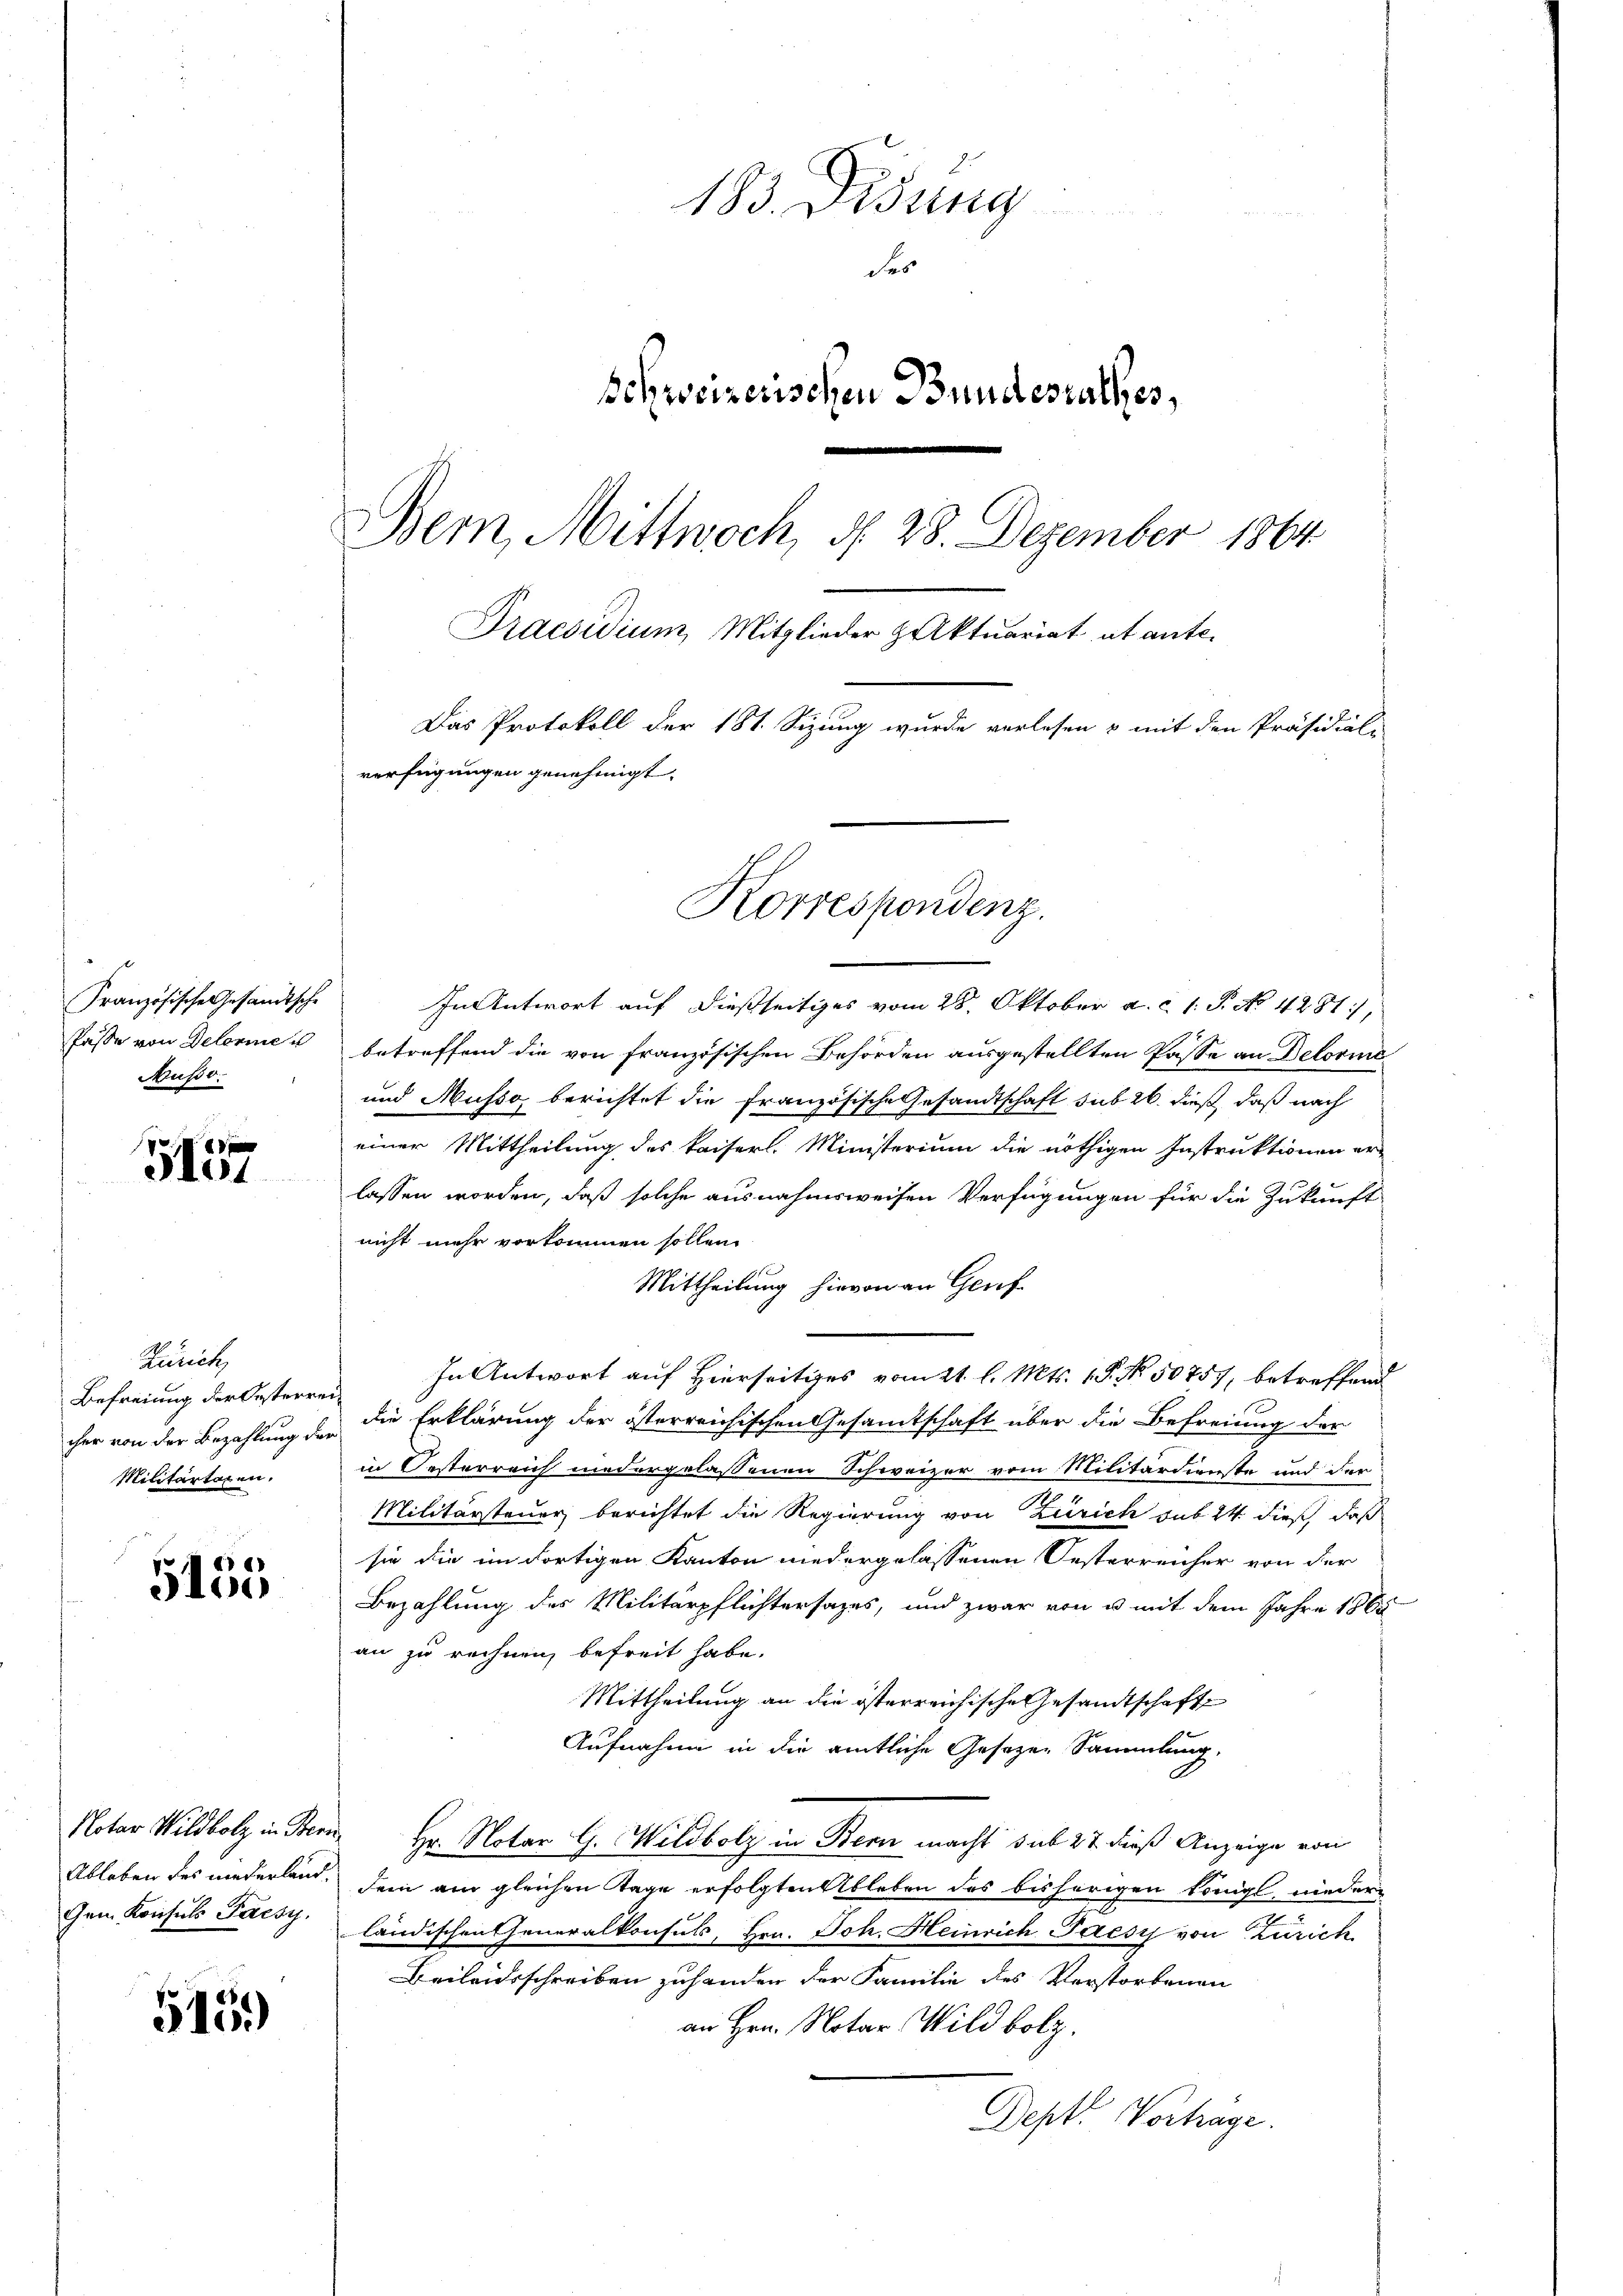
Französische Gesandtsche
Pässe von Delerier
Musso.

i
Hot

Zürich,
Befreiung der Oesterre
cher von der Bezahlung des
Militartagen.

5155

Notar Wildbolz in Ber
Ableben des niederland.
Gem. Konsuls Paesy.

515.)

183. Didung
Fr
schweizerischen Bundesrathes,
Bern, Mittwoch, d. 28. Dezember 1864
Praesidium, Mitglieder Aktuariat et ante.
Das Protokoll der 181. Sizung wurde verlesen & mit den Präsidial-
verfügungen genehmigt.

Korrespondenz.

In Antwort auf dießseitiges vom 28. Oktober a. c. 1. P. No. 4281,
betreffend die von französischen Behörden ausgestellten Pässe an Delorine
und Musso berichtet die französische Gesandtschaft sub 26. dieß, daß nach
einer Mittheilung des kaiserl. Ministerium die nöthigen Instruktionen er-
lassen worden, daß solche ausnahmsweisen Verfügungen für die Zukunft
nicht mehr vorkommen sollen.
Mittheilung hievon an Genf
In Antwort auf Hierseitiges vom 21. l. Mts. 1 S. No. 50757, betreffend
die Erklärung der österreichischen Gesamtschaft über die Befreiung der
in Oesterreich niedergelassenen Schweizer vom Militärdienste und der
Militärsteuer berichtet die Regierung von Zürich sub 24 dieß, daß
sie die im dortigen Kanton niedergelassenen Oesterreicher von der
Bezahlung des Militärpflichtersages, und zwar von u mit dem Jahre 1865
an zu rechnen, befreit habe.
Mittheilung an die österreichische Gesandtschaft
Aufnahme in die amtliche Gesezen Sammlung,
Hr. Notar G. Wildbolz in Bern macht sub 27 dieß Anzeige von
dem am gleichen Tage erfolgten Ableben des bisherigen Königl nieder-
ländischen Generalkonsuls, Hrn. Joh. Heinrich Paesy von Zürich
Beileidsschreiben zuhanden der Familie des Verstorbenen
an Hrn. Notar Wildbolz.
Dept. Vortrage.